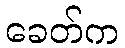
ခေတ်က